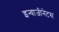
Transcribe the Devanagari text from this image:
इन्वाजीनेटस